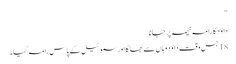
”
داؤد کا را مہ خیمہ پر جانا
18 جس وقت داؤد وہاں سے بھا گا اور سموئیل کے پاس رامہ گیا۔